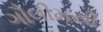
ગૌલીમયી